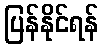
ပြန်နိုင်ရန်